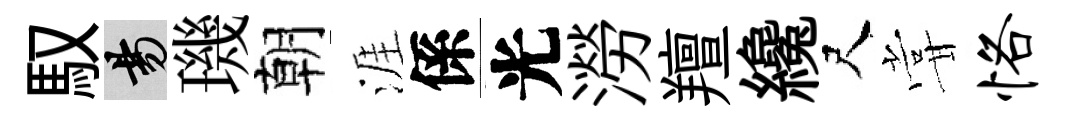
馭昜璣朝涯係光澇羶纔尺甞恪